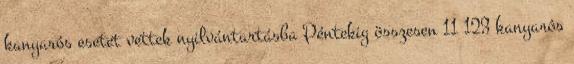
kanyarós esetet vettek nyilvántartásba Péntekig összesen 11 123 kanyarós